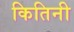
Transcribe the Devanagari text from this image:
कितिनी